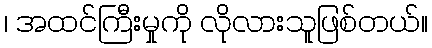
၊ အထင်ကြီးမှုကို လိုလားသူဖြစ်တယ်။